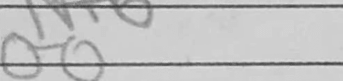
Transcription: O-O